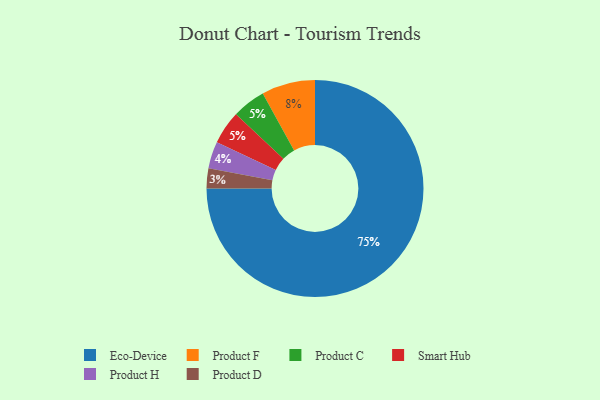
{"axis": {"x": "Category", "y": "Percentage"}, "legend": ["Eco-Device", "Product C", "Product D", "Product F", "Product H", "Smart Hub"], "data": [{"x": "Product F", "y": 8, "type": "Product F"}, {"x": "Eco-Device", "y": 75, "type": "Eco-Device"}, {"x": "Product H", "y": 4, "type": "Product H"}, {"x": "Product D", "y": 3, "type": "Product D"}, {"x": "Product C", "y": 5, "type": "Product C"}, {"x": "Smart Hub", "y": 5, "type": "Smart Hub"}]}